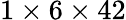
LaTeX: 1\times 6\times 42